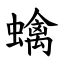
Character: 蠄